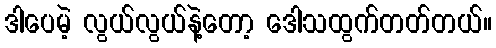
ဒါပေမဲ့ လွယ်လွယ်နဲ့တော့ ဒေါသထွက်တတ်တယ်။